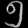
Digit: ၅